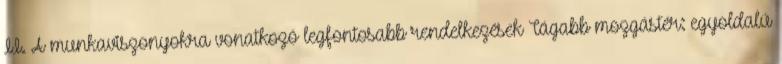
II. A munkaviszonyokra vonatkozó legfontosabb rendelkezések Tágabb mozgástér: egyoldalú